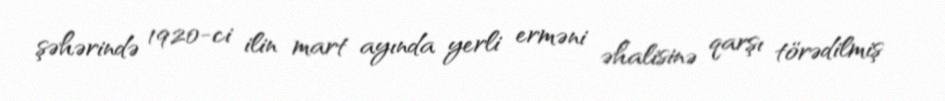
şəhərində 1920-ci ilin mart ayında yerli erməni əhalisinə qarşı törədilmiş